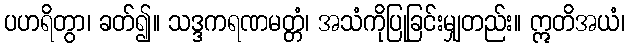
ပဟရိတွာ၊ ခတ်၍။ သဒ္ဒကရဏမတ္တံ၊ အသံကိုပြုခြင်းမျှတည်း။ ဣတိအယံ၊